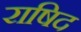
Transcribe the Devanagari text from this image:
राषिद